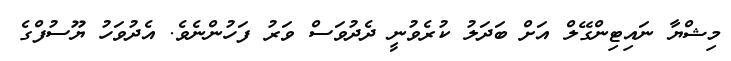
މިޝްޔާ ނައިޓިންގޭލް އަށް ބަދަލު ކުރެވުނީ ދެދުވަސް ވަރު ފަހުންނެވެ. އެދުވަހު ޔޫސުފްގެ